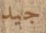
جيد